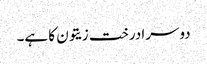
دوسرا درخت زیتون کا ہے۔